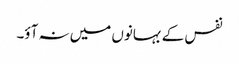
نفس کے بہانوں میں نہ آؤ۔